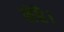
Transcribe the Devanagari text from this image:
सेहै।